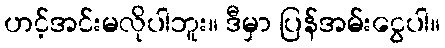
ဟင့်အင်းမလိုပါဘူး။ ဒီမှာ ပြန်အမ်းငွေပါ။